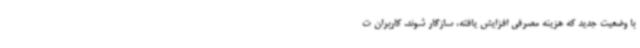
با وضعیت جدید که هزینه مصرفی افزایش یافته، سازگار شوند. کاربران ت